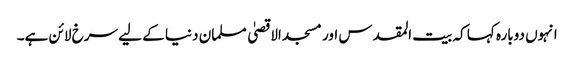
انہوں دوبارہ کہا کہ بیت المقدس اور مسجد الاقصیٰ مسلمان دنیا کے لیے سرخ لائن ہے۔